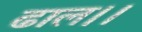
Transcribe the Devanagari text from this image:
ढाल।।